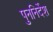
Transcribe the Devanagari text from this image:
पुननिर्देश